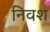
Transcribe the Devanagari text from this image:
निवश